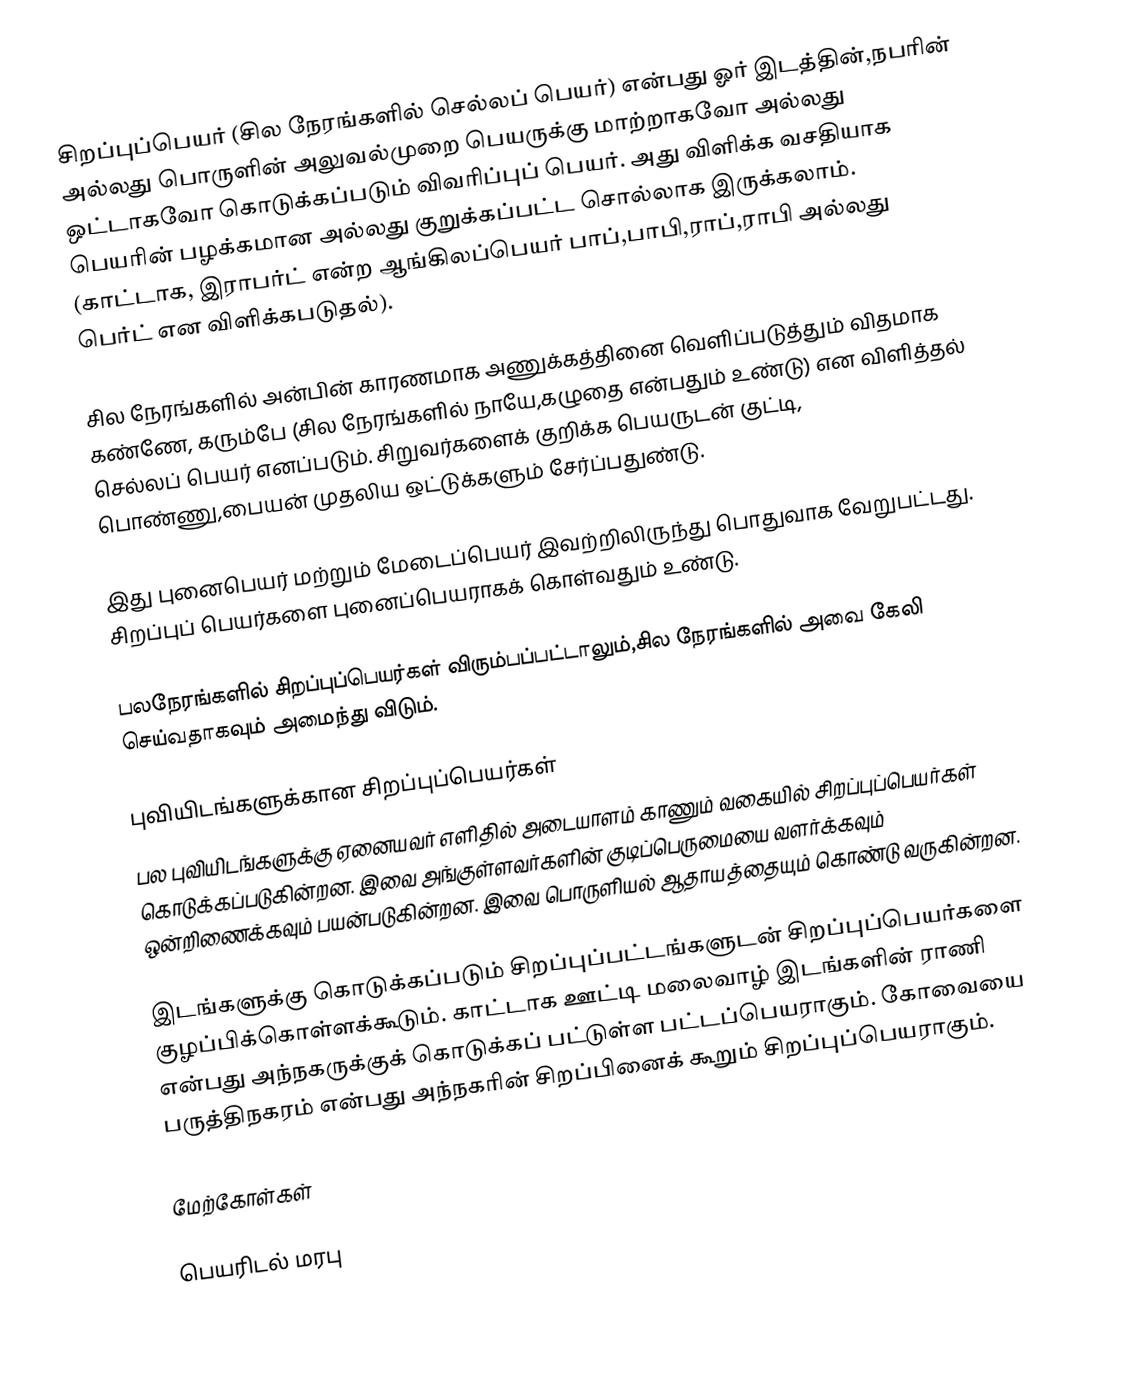
சிறப்புப்பெயர் (சில நேரங்களில் செல்லப் பெயர்) என்பது ஓர் இடத்தின்,நபரின் அல்லது பொருளின் அலுவல்முறை பெயருக்கு மாற்றாகவோ அல்லது ஒட்டாகவோ கொடுக்கப்படும் விவரிப்புப் பெயர். அது விளிக்க வசதியாக பெயரின் பழக்கமான அல்லது குறுக்கப்பட்ட சொல்லாக இருக்கலாம். (காட்டாக, இராபர்ட் என்ற ஆங்கிலப்பெயர் பாப்,பாபி,ராப்,ராபி அல்லது பெர்ட் என விளிக்கபடுதல்).

சில நேரங்களில் அன்பின் காரணமாக அணுக்கத்தினை வெளிப்படுத்தும் விதமாக கண்ணே, கரும்பே (சில நேரங்களில் நாயே,கழுதை என்பதும் உண்டு) என விளித்தல் செல்லப் பெயர் எனப்படும். சிறுவர்களைக் குறிக்க பெயருடன் குட்டி, பொண்ணு,பையன் முதலிய ஒட்டுக்களும் சேர்ப்பதுண்டு.

இது புனைபெயர் மற்றும் மேடைப்பெயர் இவற்றிலிருந்து பொதுவாக வேறுபட்டது. சிறப்புப் பெயர்களை புனைப்பெயராகக் கொள்வதும் உண்டு.

பலநேரங்களில் சிறப்புப்பெயர்கள் விரும்பப்பட்டாலும்,சில நேரங்களில் அவை கேலி செய்வதாகவும் அமைந்து விடும்.

புவியிடங்களுக்கான சிறப்புப்பெயர்கள்
பல புவியிடங்களுக்கு ஏனையவர் எளிதில் அடையாளம் காணும் வகையில் சிறப்புப்பெயர்கள் கொடுக்கப்படுகின்றன. இவை அங்குள்ளவர்களின் குடிப்பெருமையை வளர்க்கவும் ஒன்றிணைக்கவும் பயன்படுகின்றன. இவை பொருளியல் ஆதாயத்தையும் கொண்டு வருகின்றன.

இடங்களுக்கு கொடுக்கப்படும் சிறப்புப்பட்டங்களுடன் சிறப்புப்பெயர்களை குழப்பிக்கொள்ளக்கூடும். காட்டாக ஊட்டி மலைவாழ் இடங்களின் ராணி என்பது அந்நகருக்குக் கொடுக்கப் பட்டுள்ள பட்டப்பெயராகும். கோவையை பருத்திநகரம் என்பது அந்நகரின் சிறப்பினைக் கூறும் சிறப்புப்பெயராகும்.

மேற்கோள்கள்

பெயரிடல் மரபு